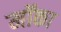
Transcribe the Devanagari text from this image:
मॉका